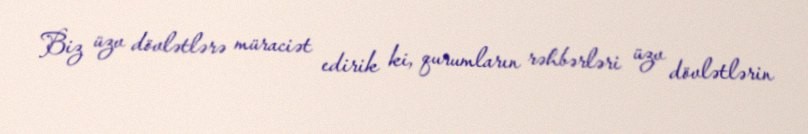
Biz üzv dövlətlərə müraciət edirik ki, qurumların rəhbərləri üzv dövlətlərin